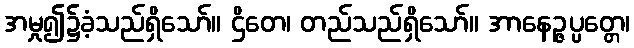
အမှု၍၌ခံ့သည်ရှိသော်။ ဌိတေ၊ တည်သည်ရှိသော်။ အာနေဉ္ဇပ္ပတ္တေ၊